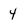
Character: 4